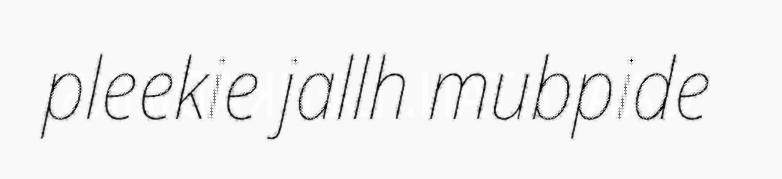
pleekie jallh mubpide